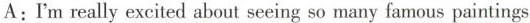
A.I'm really excited about seeing so many famous paintings